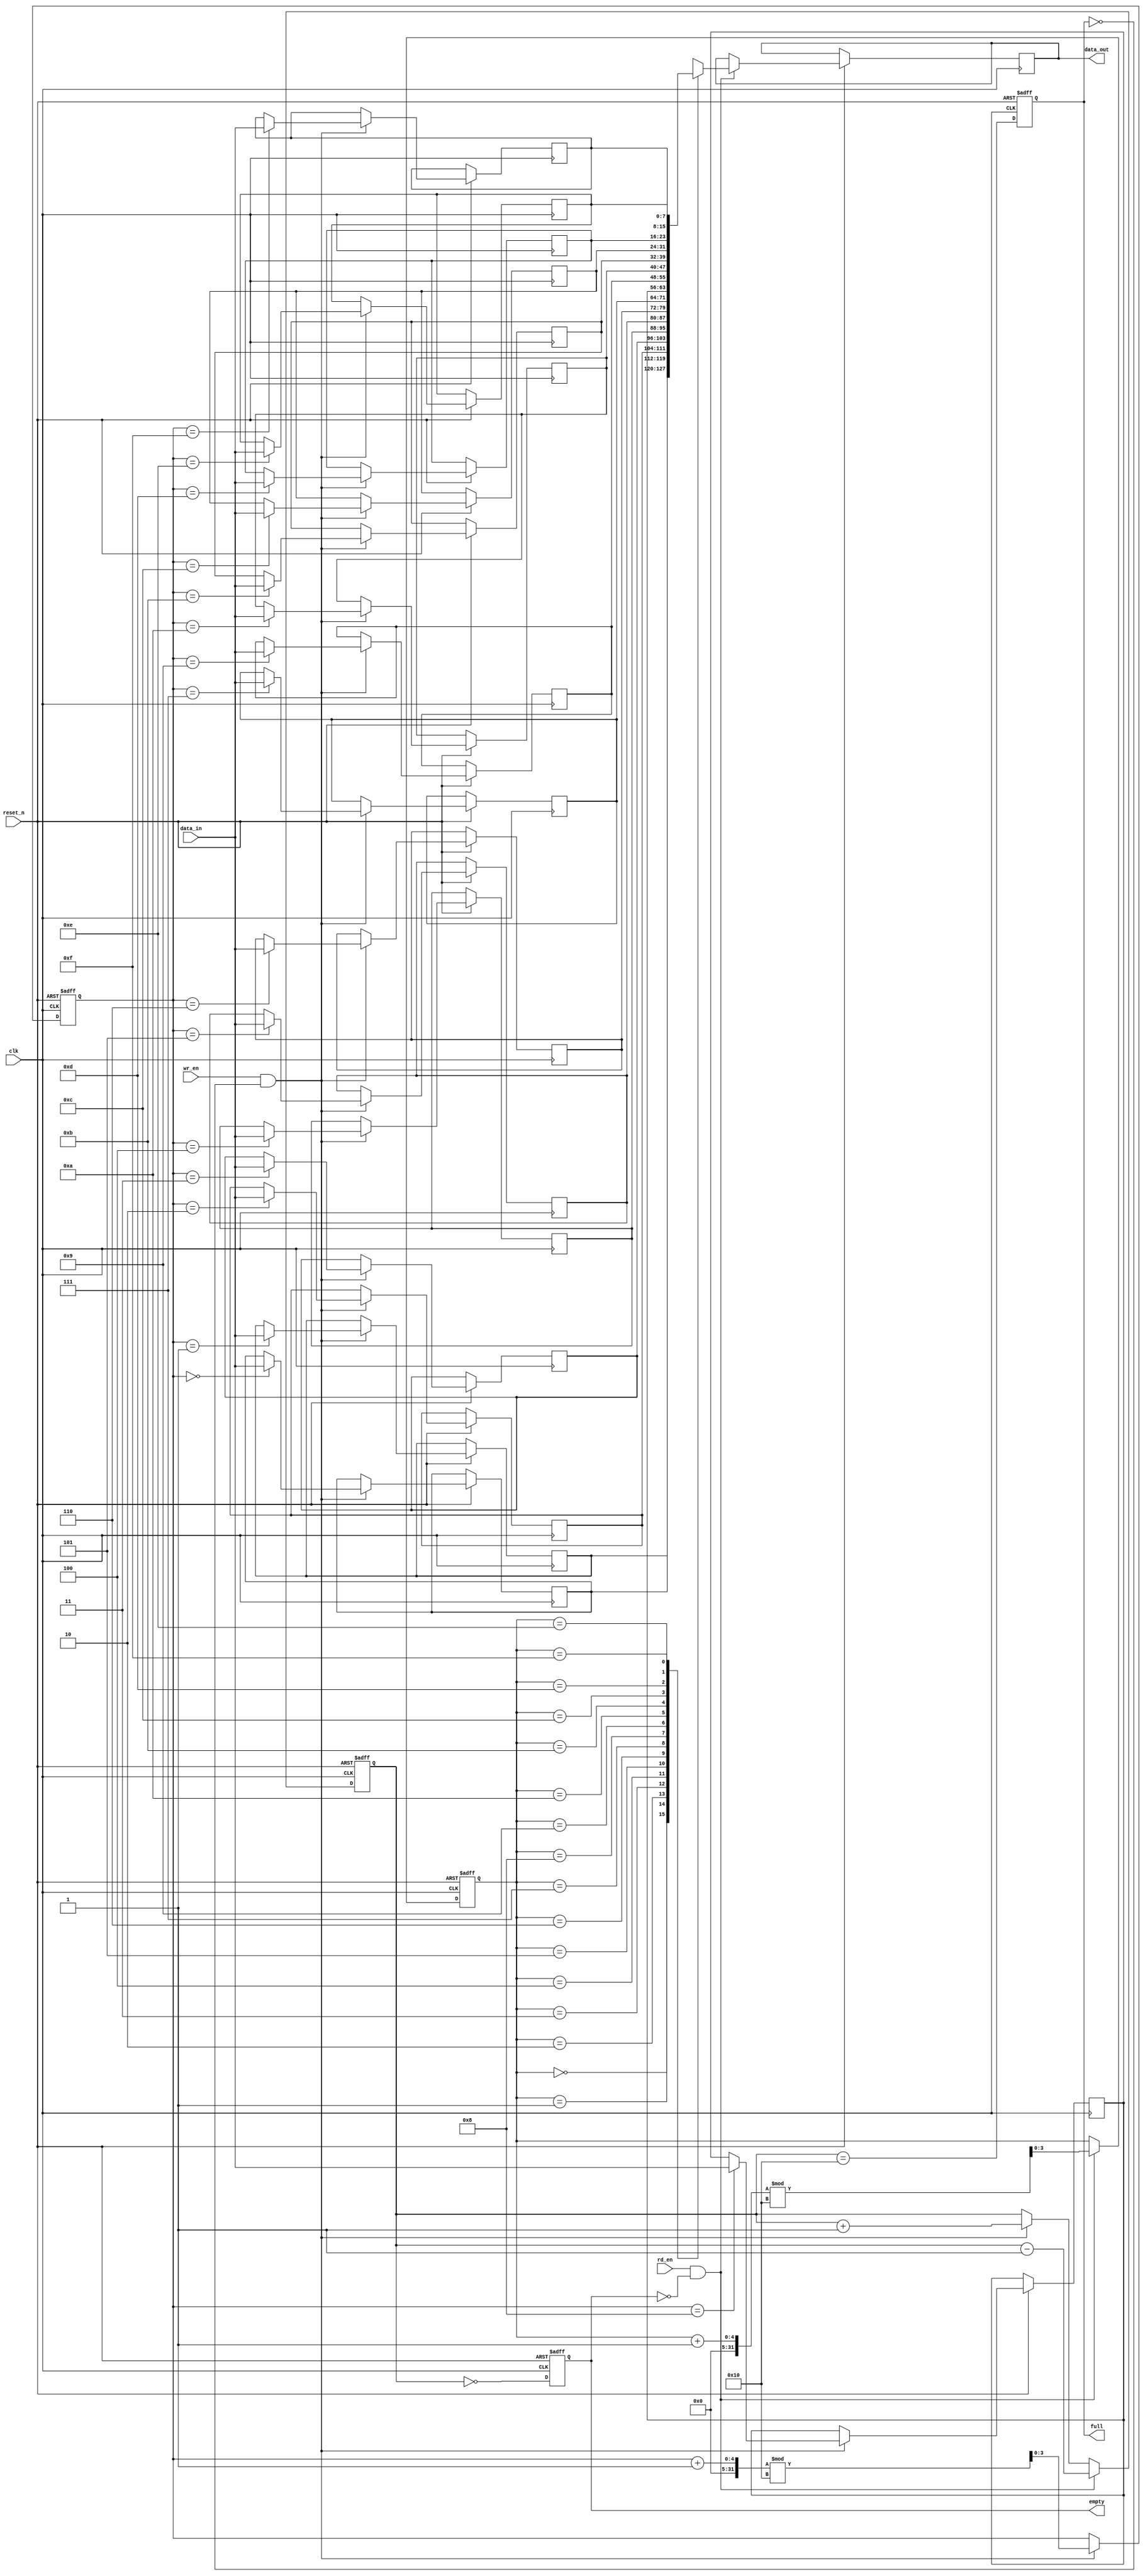
module parameterized_fifo #(
    parameter DATA_WIDTH = 8,      // Width of each data entry
    parameter FIFO_DEPTH = 16       // Total number of entries in the FIFO
)(
    input wire clk,                 // Clock signal
    input wire reset_n,             // Active-low reset signal
    input wire wr_en,               // Write enable signal
    input wire rd_en,               // Read enable signal
    input wire [DATA_WIDTH-1:0] data_in, // Data input
    output reg [DATA_WIDTH-1:0] data_out, // Data output
    output reg full,                // FIFO full flag
    output reg empty                // FIFO empty flag
);

    // Internal memory array
    reg [DATA_WIDTH-1:0] fifo_mem [0:FIFO_DEPTH-1];

    // Pointers for read and write
    reg [$clog2(FIFO_DEPTH)-1:0] wr_ptr;
    reg [$clog2(FIFO_DEPTH)-1:0] rd_ptr;
    reg [$clog2(FIFO_DEPTH):0] count; // Count of elements in FIFO

    // Asynchronous reset and pointer management
    always @(posedge clk or negedge reset_n) begin
        if (!reset_n) begin
            wr_ptr <= 0;
            rd_ptr <= 0;
            count <= 0;
            full <= 0;
            empty <= 1;
        end else begin
            // Write operation
            if (wr_en && !full) begin
                fifo_mem[wr_ptr] <= data_in;
                wr_ptr <= (wr_ptr + 1) % FIFO_DEPTH;
                count <= count + 1;
            end
            
            // Read operation
            if (rd_en && !empty) begin
                data_out <= fifo_mem[rd_ptr];
                rd_ptr <= (rd_ptr + 1) % FIFO_DEPTH;
                count <= count - 1;
            end
            
            // Update full and empty flags
            full <= (count == FIFO_DEPTH);
            empty <= (count == 0);
        end
    end

endmodule